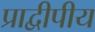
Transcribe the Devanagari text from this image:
प्राद्वीपीय